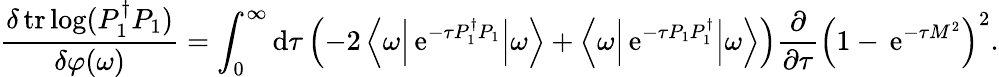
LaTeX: \frac{\delta\, \mathrm{tr}\log(P_{1}^{\dagger}P_{1})}{\delta\varphi(\omega)}=\int_{0}^{\infty}\mathrm{d}\tau\left(-2\left\langle\omega\Big|\, \mathrm{e}^{-\tau P_{1}^{\dagger}P_{1}}\Big|\omega\right\rangle+\left\langle\omega\Big|\, \mathrm{e}^{-\tau P_{1}P_{1}^{\dagger}}\Big|\omega\right\rangle\right)\frac\partial{\partial\tau}\left(1-\, \mathrm{e}^{-\tau M^{2}}\right)^{2}.